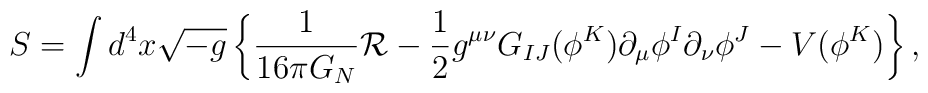
S = \int d^4 x \sqrt{-g} \left\{ {1\over 16 \pi G_N} {\cal R} - \frac{1}{2}g^{\mu \nu} G_{IJ}(\phi^K) \partial_{\mu}\phi^I \partial_{\nu} \phi^J -V(\phi^K)\right\},